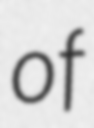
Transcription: of